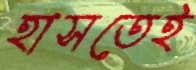
হাসতেই